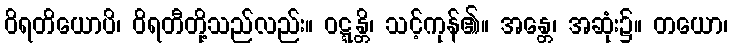
ဝိရတိယောပိ၊ ဝိရတီတို့သည်လည်း။ ဝဋ္ဋန္တိ၊ သင့်ကုန်၏။ အန္တေ၊ အဆုံး၌။ တယော၊